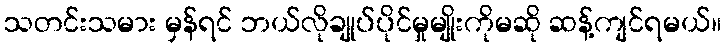
သတင်းသမား မှန်ရင် ဘယ်လိုချုပ်ပိုင်မှုမျိုးကိုမဆို ဆန့်ကျင်ရမယ်။